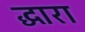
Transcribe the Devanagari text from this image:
द्धारा